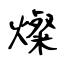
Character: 燦